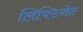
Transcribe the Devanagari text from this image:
लिफ्टिनेट